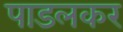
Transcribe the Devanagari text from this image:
पाडलकर